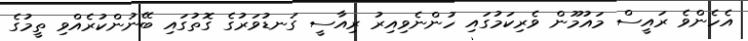
އެހެންވެ ރައީސް މައުމޫން ވެރިކަމުގައި ހުންނެވިއިރު ރިއާސީ ގަނޑުވަރުގެ ގޮތުގައި ބޭނުންކުރެއްވި ތީމުގެ